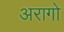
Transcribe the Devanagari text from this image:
अरागो